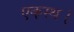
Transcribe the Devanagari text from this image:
एकस्थ।